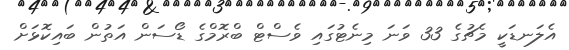
އެލަނޑަކީ މެޗުގެ 33 ވަނަ މިނެޓުގައި ވެސްޓް ބްރޮމްގެ ޑޯސަން އަތުން ބައިކޮޅަށް